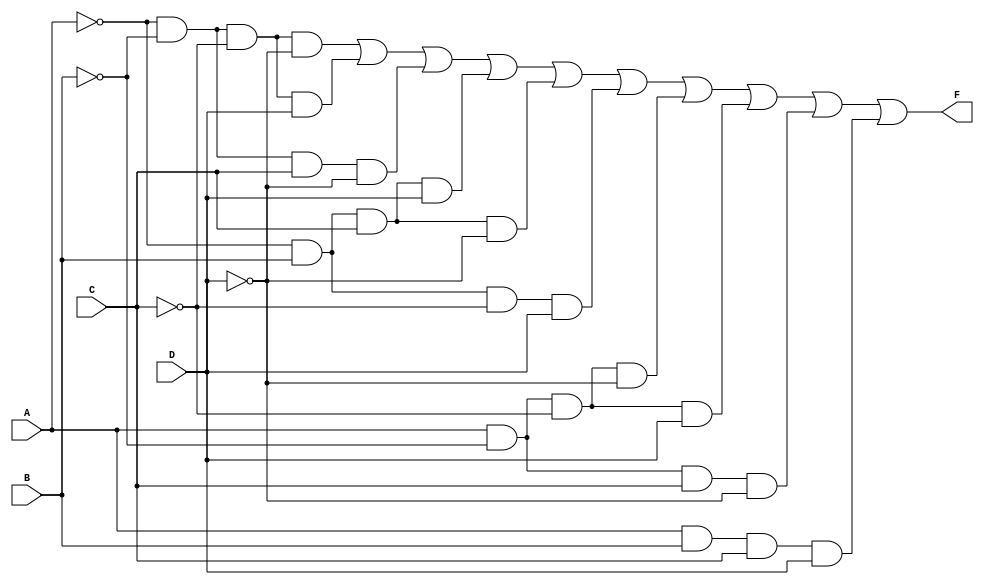
module PrimeImplicant (
    input wire A,
    input wire B,
    input wire C,
    input wire D,
    output wire F
);

// Define the minterms for the function
// Assume minterms: 0, 1, 2, 5, 6, 7, 8, 9, 10, 14 (for example)
wire m0 = ~A & ~B & ~C & ~D; // 0
wire m1 = ~A & ~B & ~C &  D; // 1
wire m2 = ~A & ~B &  C & ~D; // 2
wire m5 = ~A &  B &  C &  D; // 5
wire m6 = ~A &  B &  C & ~D; // 6
wire m7 = ~A &  B & ~C &  D; // 7
wire m8 =  A & ~B & ~C & ~D; // 8
wire m9 =  A & ~B & ~C &  D; // 9
wire m10 =  A & ~B &  C & ~D; // 10
wire m14 =  A &  B &  C &  D; // 14

// Combine minterms to get the output
assign F = m0 | m1 | m2 | m5 | m6 | m7 | m8 | m9 | m10 | m14;

endmodule